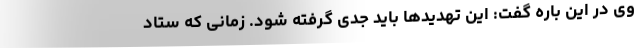
وی در این باره گفت: این تهدیدها باید جدی گرفته شود. زمانی که ستاد